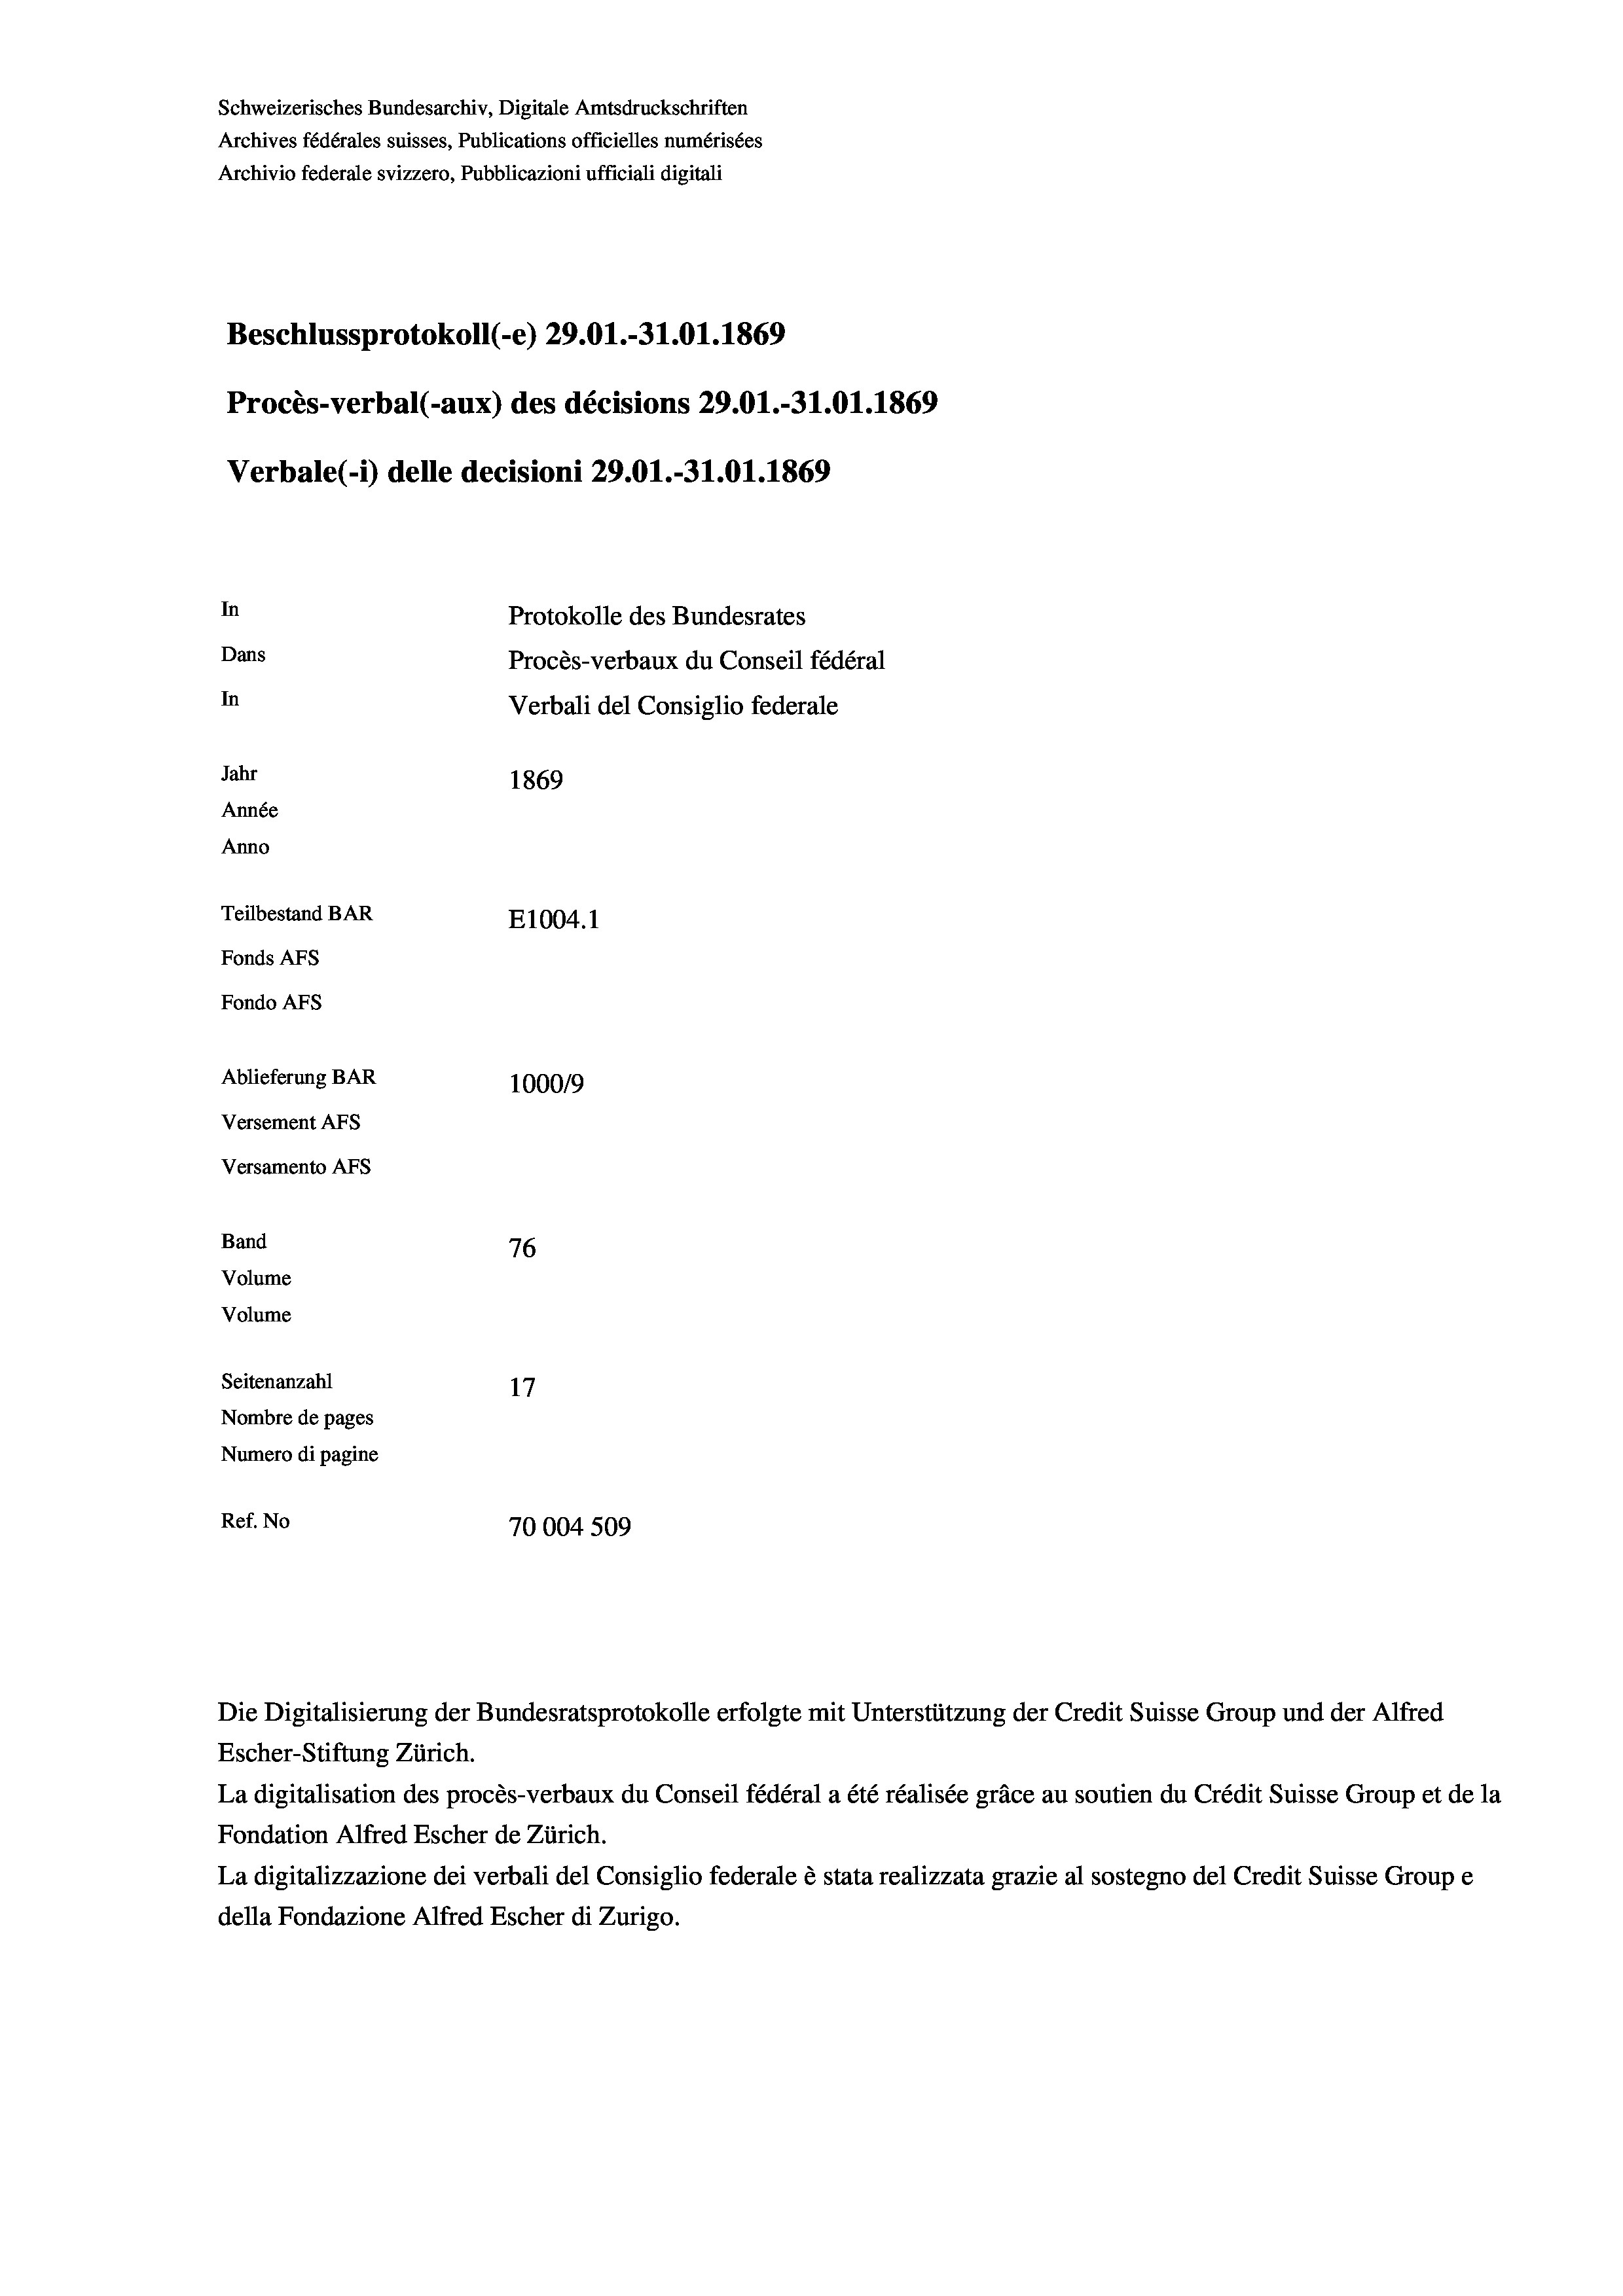
Schweizerisches Bundesarchiv, Digitale Amtsdruckschriften
Archives fédérales suisses, Publications officielles numérisées
Archivio federale svizzero, Pubblicazioni ufficiali digitali
Beschlussprotokoll (-e) 29.01.-31.01. 1869
Procès-verbal (-aux) des décisions 29.01.-31.01. 1869
Verbale(*) delle decisioni 29.01.-31.01. 1869
In
Protokolle des Bundesrates
Dans
Procès-verbaux du Conseil fédéral
In
Verbali del Consiglio federale
Jahr
1869
Année
Anno
Teilbestand BAR
E1004. 1
Fonds AFs
Fondo Afs
Ablieferung BAR
100019
Versement AFS
Versamento Afs
Band
76
Volume
Volume

Seitenanzahl
17
Nombre de pages
Numero di pagine
Ref. No
70004 509

Escher-Stiftung Zürich.
La digitalisation des procès-verbaux du Conseil fédéral a été réalisée gräce au soutien du Crédit Suisse Group et de la
Fondation Alfred Escher de Zürich.
La digitalizzazione dei verbali del Consiglio federale è stata realizzata grazie al sostegno del Credit Suisse Groupe
della Fondazione Alfred Escher di Zurigo.

Die Digitalisierung der Bundesratsprotokolle erfolgte mit Unterstützung der Credit Suisse Group und der Alfred